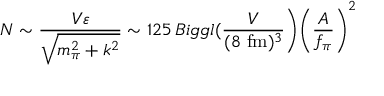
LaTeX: N \sim \frac { V \varepsilon } { \sqrt { m _ { \pi } ^ { 2 } + k ^ { 2 } } } \sim 1 2 5 \, B i g g l ( \frac { V } { ( 8 ~ \mathrm { f m } ) ^ { 3 } } \Biggr ) \Biggl ( \frac { A } { f _ { \pi } } \Biggr ) ^ { 2 }